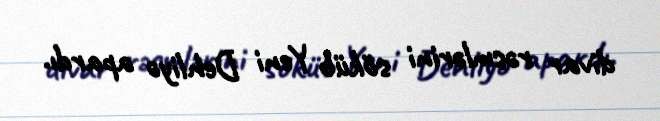
divar rəsmlərini söküb Yeni Dehliyə apardı.